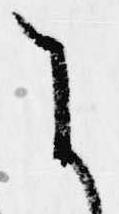
よ